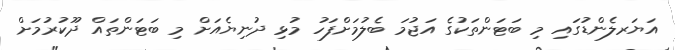
އަޔަރލެންޑުގައި މި ބަޓަންތަކުގެ އަޖުމަ ބެލުމަށްފަހު މުޅި ދުނިޔެއަށް މި ބަޓަންތައް ދޫކުރުމަށް